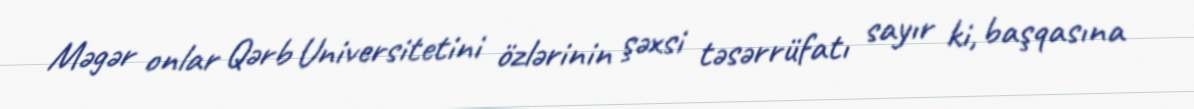
Məgər onlar Qərb Universitetini özlərinin şəxsi təsərrüfatı sayır ki, başqasına